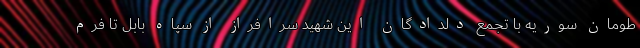
طومان سوریه با تجمع دلدادگان این شهید سرافراز از سپاه بابل تا فرم